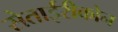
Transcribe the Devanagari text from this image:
सेताईरीकोन